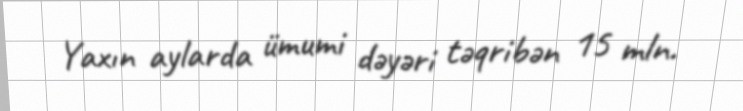
Yaxın aylarda ümumi dəyəri təqribən 15 mln.